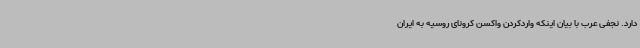
دارد. نجفی عرب با بیان اینکه واردکردن واکسن کرونای روسیه به ایران